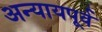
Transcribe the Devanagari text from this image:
अन्यायपूर्व